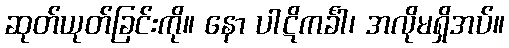
ဆုတ်ယုတ်ခြင်းကို။ နော ပါဋိကင်္ခါ၊ အလိုမရှိအပ်။